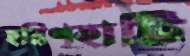
হরিণহাটি